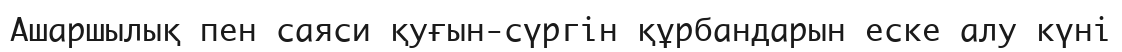
Ашаршылық пен саяси қуғын-сүргін құрбандарын еске алу күні